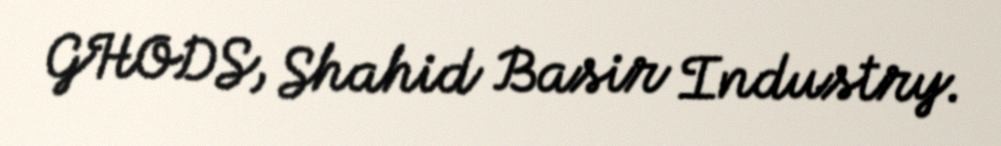
GHODS, Shahid Basir Industry.